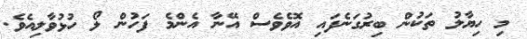
މި ހިޔާލު ތަކުން ބިރުގަނެފައި އޮވެވެސް އޭނާ އެންމެ ފަހުން ލޯ ހުޅުވާލިއެވެ.